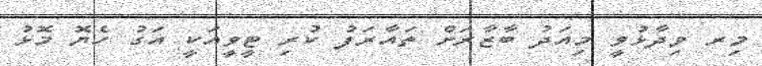
މިރ ވިދާޅުވީ މިއަދު ބާޒާރަށް ތައާރަފު ކުރި ޓީވީއަކީ އަގު ހެޔޮ މޮޅު